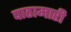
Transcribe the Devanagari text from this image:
पाठामारी